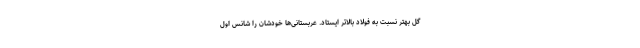
گل بهتر نسبت به فولاد بالاتر ایستاد. عربستانی‌ها خودشان را شانس اول